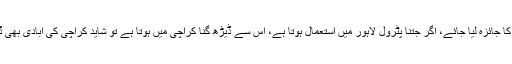
تیل کی کھپت کا جائزہ لیا جائے، اگر جتنا پٹرول لاہور میں استعمال ہوتا ہے، اس سے ڈیڑھ گنا کراچی میں ہوتا ہے تو شاید کراچی کی آبادی بھی ڈیڑھ گنا ہوگی۔